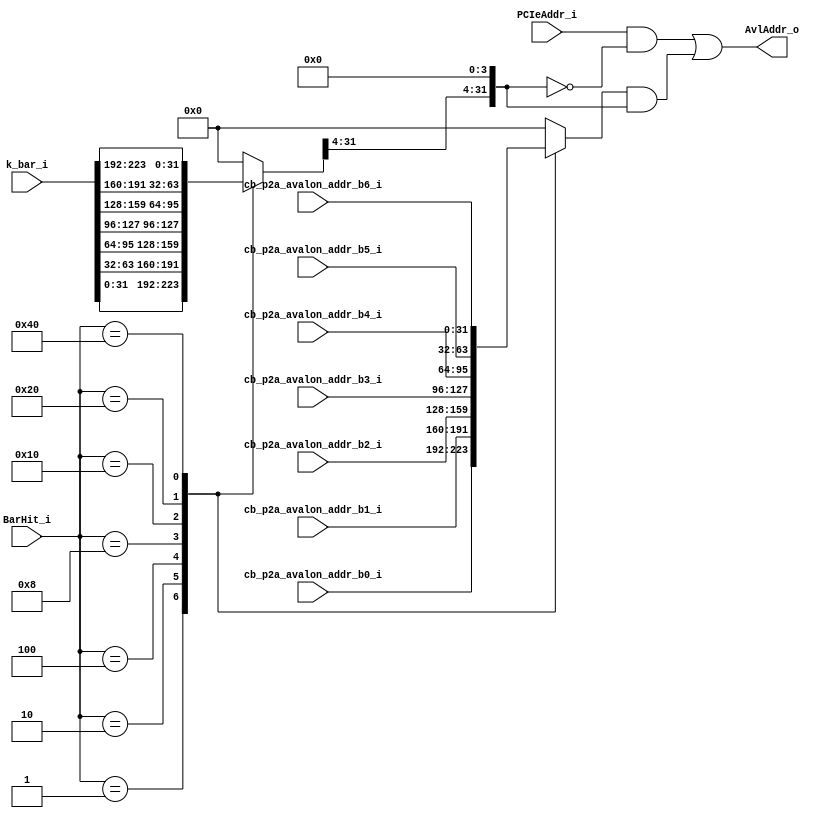
// (C) 2001-2014 Altera Corporation. All rights reserved.
// Your use of Altera Corporation's design tools, logic functions and other 
// software and tools, and its AMPP partner logic functions, and any output 
// files any of the foregoing (including device programming or simulation 
// files), and any associated documentation or information are expressly subject 
// to the terms and conditions of the Altera Program License Subscription 
// Agreement, Altera MegaCore Function License Agreement, or other applicable 
// license agreement, including, without limitation, that your use is for the 
// sole purpose of programming logic devices manufactured by Altera and sold by 
// Altera or its authorized distributors.  Please refer to the applicable 
// agreement for further details.


// synthesis translate_off
`timescale 1ns / 1ps
// synthesis translate_on
module altpciexpav_stif_p2a_addrtrans (  
                        k_bar_i,
                        cb_p2a_avalon_addr_b0_i,
                        cb_p2a_avalon_addr_b1_i,
                        cb_p2a_avalon_addr_b2_i,
                        cb_p2a_avalon_addr_b3_i,
                        cb_p2a_avalon_addr_b4_i,
                        cb_p2a_avalon_addr_b5_i,
                        cb_p2a_avalon_addr_b6_i,
                        PCIeAddr_i,
                        BarHit_i,
                        AvlAddr_o
                       );
                       
input [227:0] k_bar_i;
input [31:0] cb_p2a_avalon_addr_b0_i;
input [31:0] cb_p2a_avalon_addr_b1_i;
input [31:0] cb_p2a_avalon_addr_b2_i;
input [31:0] cb_p2a_avalon_addr_b3_i;
input [31:0] cb_p2a_avalon_addr_b4_i;
input [31:0] cb_p2a_avalon_addr_b5_i;
input [31:0] cb_p2a_avalon_addr_b6_i;
input [31:0] PCIeAddr_i;
input [6:0] BarHit_i;
output [31:0] AvlAddr_o;


reg [31:0] bar_parameter;
reg [31:0] avl_addr;

wire [31:0] bar0;   
wire [31:0] bar1; 
wire [31:0] bar2; 
wire [31:0] bar3; 
wire [31:0] bar4; 
wire [31:0] bar5; 
wire [31:0] exp_rom_bar; 



assign bar0 = k_bar_i[31:0];       
assign bar1 = k_bar_i[63:32]; 
assign bar2 = k_bar_i[95:64]; 
assign bar3 = k_bar_i[127:96]; 
assign bar4 = k_bar_i[159:128]; 
assign bar5 = k_bar_i[191:160]; 
assign exp_rom_bar = k_bar_i[223:192]; 

// mux to select the right BAR parameter to use.
// based on the BAR hit information, determined BAR paremeter
// is used for the address translation

always  @(BarHit_i or bar0 or bar1 or bar2 or bar3 or bar4 or bar5 or exp_rom_bar)
begin
  case (BarHit_i)
    7'b0000001 : bar_parameter = bar0;
    7'b0000010 : bar_parameter = bar1;
    7'b0000100 : bar_parameter = bar2;
    7'b0001000 : bar_parameter = bar3;
    7'b0010000 : bar_parameter = bar4;
    7'b0100000 : bar_parameter = bar5;
    7'b1000000 : bar_parameter = exp_rom_bar;
    default    : bar_parameter = 32'h00000000;
  endcase
end


// mux to select the right avalon address entry to use
// Based on the BAR hit information, select which entry in the table to
// be used for the address translation

always  @(BarHit_i or cb_p2a_avalon_addr_b0_i or cb_p2a_avalon_addr_b1_i or
        cb_p2a_avalon_addr_b2_i or cb_p2a_avalon_addr_b3_i or
        cb_p2a_avalon_addr_b4_i or cb_p2a_avalon_addr_b5_i or
        cb_p2a_avalon_addr_b6_i)
begin
  case (BarHit_i )
    7'b0000001 : avl_addr = cb_p2a_avalon_addr_b0_i;
    7'b0000010 : avl_addr = cb_p2a_avalon_addr_b1_i;
    7'b0000100 : avl_addr = cb_p2a_avalon_addr_b2_i;
    7'b0001000 : avl_addr = cb_p2a_avalon_addr_b3_i;
    7'b0010000 : avl_addr = cb_p2a_avalon_addr_b4_i;
    7'b0100000 : avl_addr = cb_p2a_avalon_addr_b5_i;
    7'b1000000 : avl_addr = cb_p2a_avalon_addr_b6_i;
    default    : avl_addr = 32'h00000000;
  endcase
end

// address translation. The high order bits is from the corresponding
// entry of the table and low order is passed through unchanged.
assign AvlAddr_o = (PCIeAddr_i & ~({bar_parameter[31:4], 4'b0000})) |
                   (avl_addr & ({bar_parameter[31:4], 4'b0000})) ;

endmodule